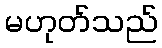
မဟုတ်သည်